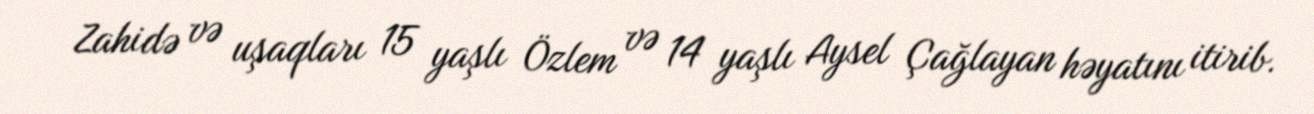
Zahidə və uşaqları 15 yaşlı Özlem və 14 yaşlı Aysel Çağlayan həyatını itirib.